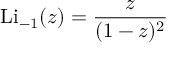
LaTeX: \operatorname { L i } _ { - 1 } ( z ) = { \frac { z } { ( 1 - z ) ^ { 2 } } }